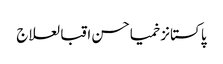
پاکستانزخمیاحسن اقبالعلاج